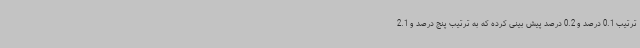
ترتیب 0.1 درصد و 0.2 درصد پیش بینی کرده که به ترتیب پنج درصد و 2.1